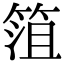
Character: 䈌